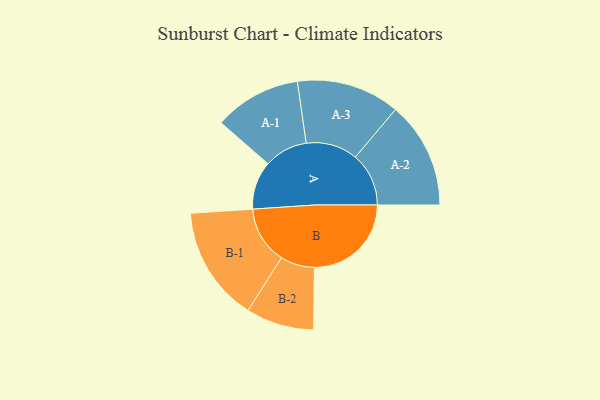
{"axis": {"x": "Segment", "y": "Value"}, "legend": ["", "A", "B"], "data": [{"x": "A", "y": 219, "type": ""}, {"x": "B", "y": 441, "type": ""}, {"x": "A-1", "y": 198, "type": "A"}, {"x": "A-2", "y": 243, "type": "A"}, {"x": "A-3", "y": 235, "type": "A"}, {"x": "B-1", "y": 262, "type": "B"}, {"x": "B-2", "y": 155, "type": "B"}]}